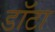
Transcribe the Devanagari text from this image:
डॉटा